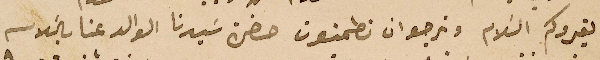
يقروكم السَلام ونرجو ان تطمنون حضرة سَيدنا الوالد عنا بالسَلام